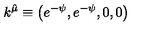
k ^ { \hat { \mu } } \equiv \left( e ^ { - \psi } , e ^ { - \psi } , 0 , 0 \right)